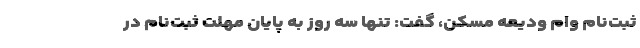
ثبت‌نام وام ودیعه مسکن، گفت: تنها سه روز به پایان مهلت ثبت‌نام در